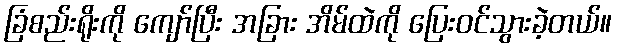
ခြံစည်းရိုးကို ကျော်ပြီး အခြား အိမ်ထဲကို ပြေးဝင်သွားခဲ့တယ်။